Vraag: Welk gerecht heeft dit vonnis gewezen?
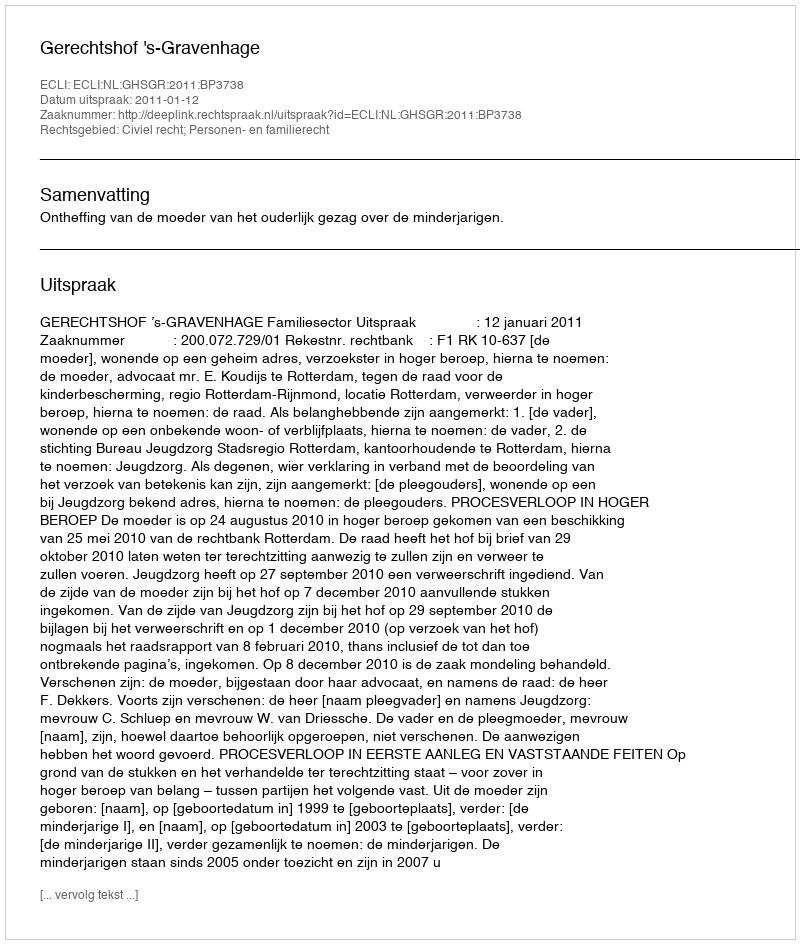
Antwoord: Gerechtshof 's-Gravenhage